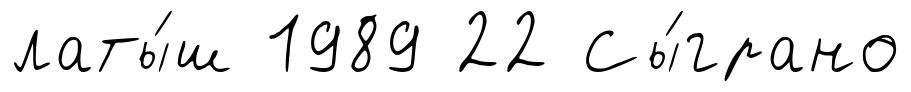
латы́ш 1989 22 Сы́грано